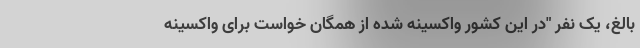
بالغ، یک نفر "در این کشور واکسینه شده از همگان خواست برای واکسینه